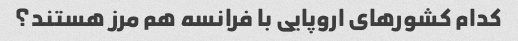
کدام کشورهای اروپایی با فرانسه هم مرز هستند؟